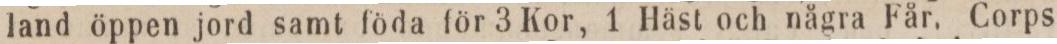
land öppen jord samt föda för 3 Kor, 1 Häst och några Får, Corps